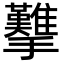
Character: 𢺋